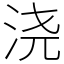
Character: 浇